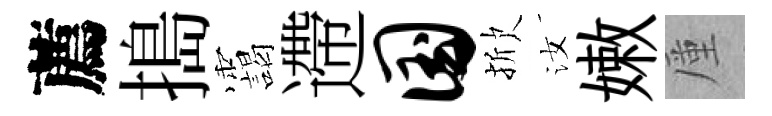
薦搗靄遰国掀汝嫩厪